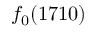
f _ { 0 } ( 1 7 1 0 )